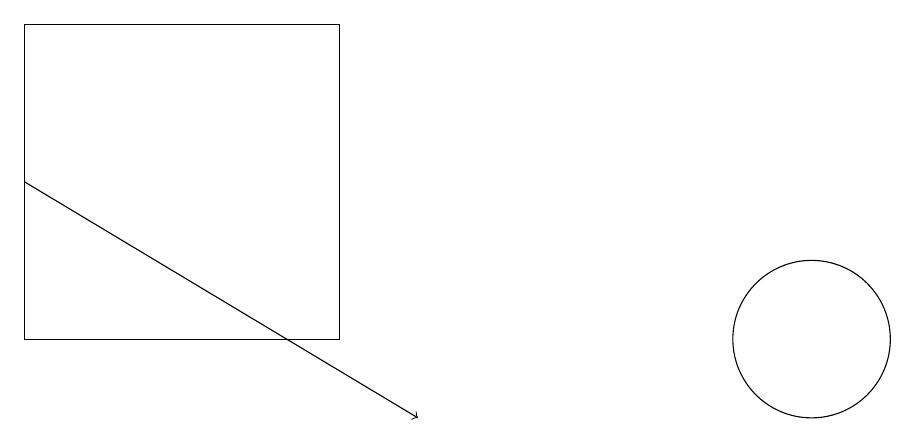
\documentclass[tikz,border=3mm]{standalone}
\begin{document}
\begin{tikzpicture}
\draw (11,12) circle (1);
\draw[->] (1,14) -- (6,11);
\draw (1,16) rectangle (5,12);
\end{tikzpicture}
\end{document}